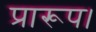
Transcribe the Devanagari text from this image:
प्रारूप।